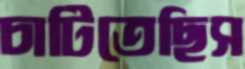
চাটিতেছিস